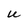
Character: U